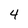
Character: 4